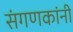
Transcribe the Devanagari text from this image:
संगणकांनी